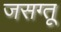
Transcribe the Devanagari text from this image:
जसग्तू